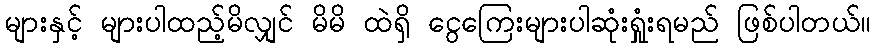
များနှင့် များပါထည့်မိလျှင် မိမိ ထဲရှိ ငွေကြေးများပါဆုံးရှုူံးရမည် ဖြစ်ပါတယ်။